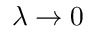
\lambda \to 0